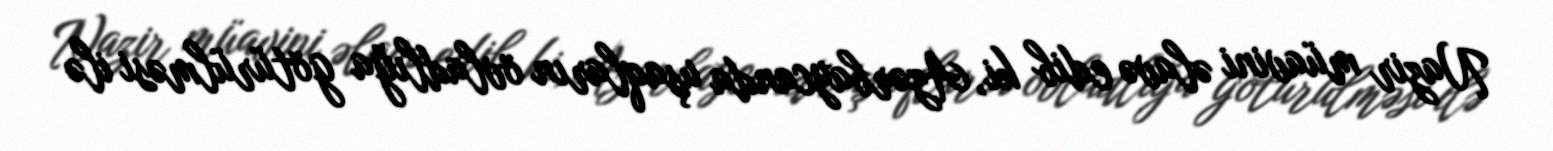
Nazir müavini əlavə edib ki, Azərbaycanda uşaqların övladlığa götürülməsi ilə